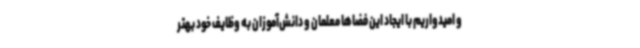
و امیدواریم با ایجاد این فضاها معلمان و دانش‌آموزان به وظایف خود بهتر